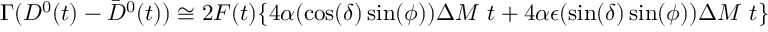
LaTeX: \Gamma ( D ^ { 0 } ( t ) - \bar { D } ^ { 0 } ( t ) ) \cong 2 F ( t ) \{ 4 \alpha ( \cos ( \delta ) \sin ( \phi ) ) \Delta M ~ t + 4 \alpha \epsilon ( \sin ( \delta ) \sin ( \phi ) ) \Delta M ~ t \}